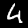
Label: 4